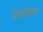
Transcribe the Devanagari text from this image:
फेलेनबर्ग